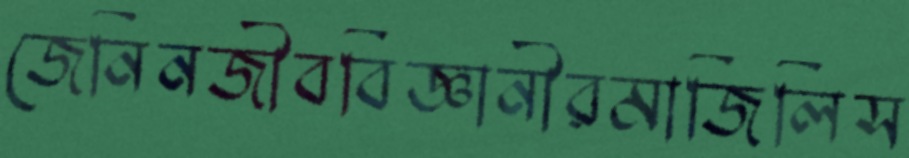
জেনিনজীববিজ্ঞানীরমাজিলিস